Tartu_kinnistusamet, lk 31
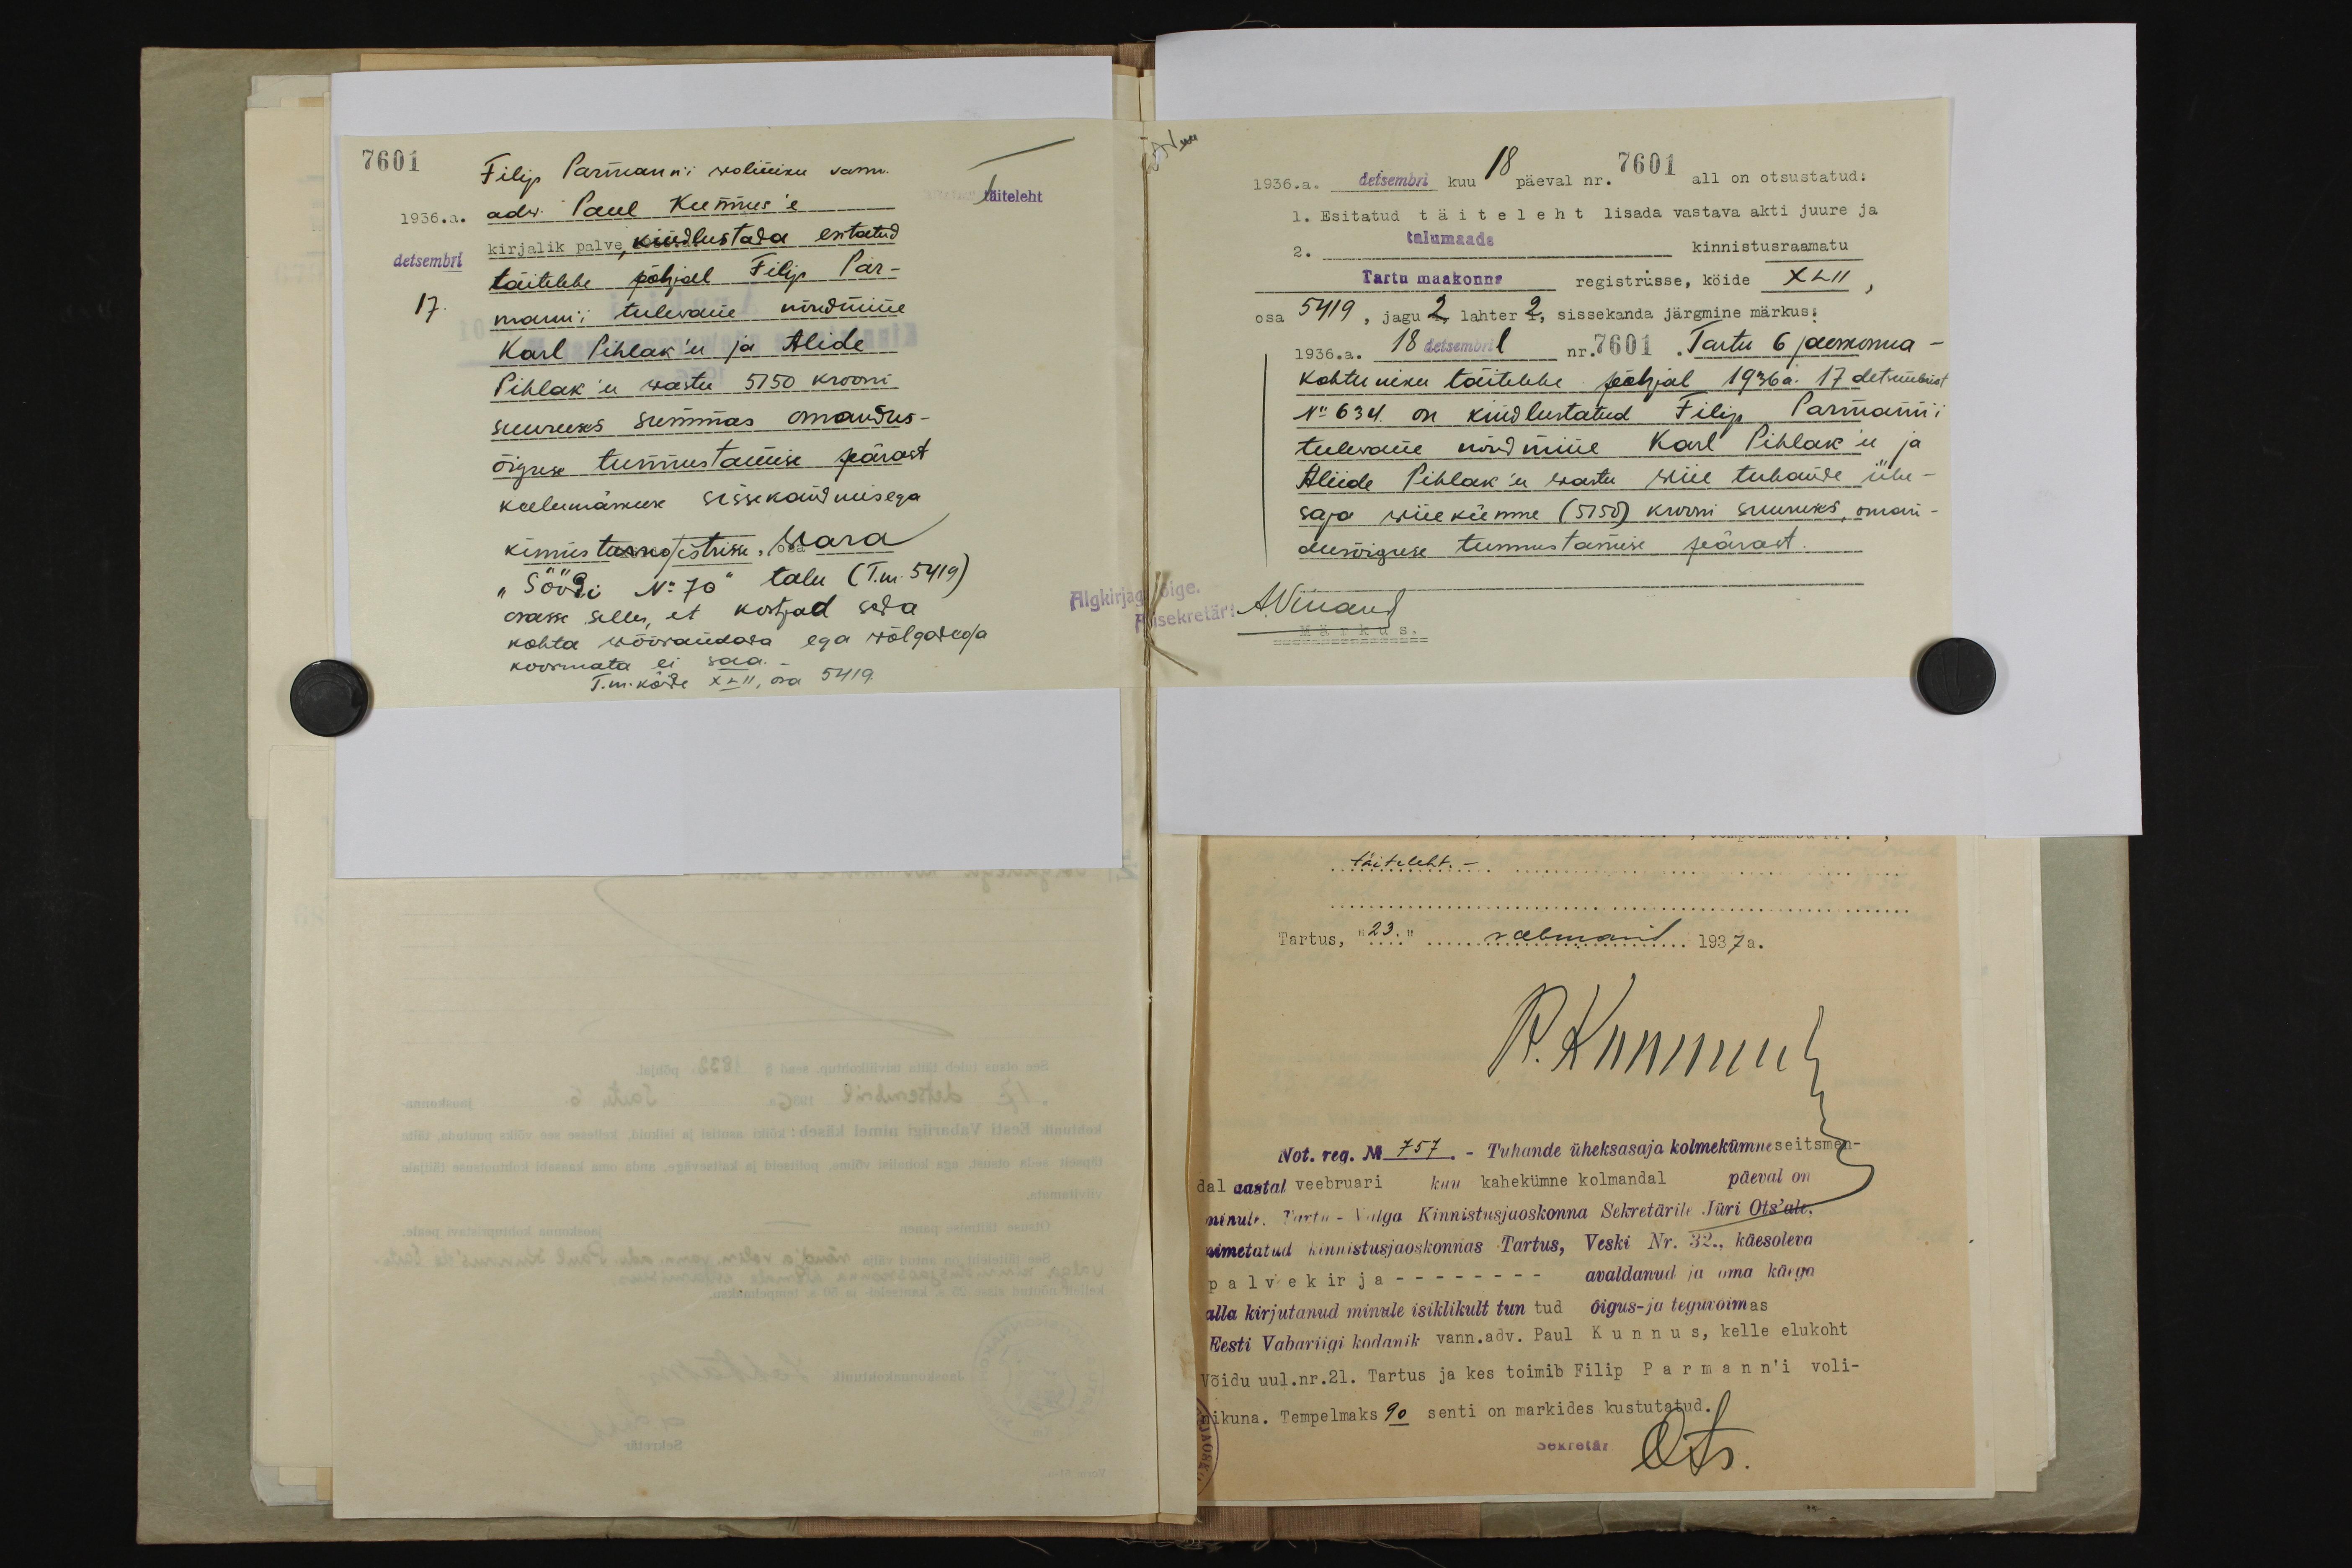
7601
Filip Parmanni wolimiku vann.
täiteleht
1936.a.
adw Paul Kunnus'e
kirjalik palve, kindlustada esitatud
detsembri
täitelehe põhjal Filip Par-
17.
manni tulevane nõudmine
Karl Pihlak'u ja Alide
Pihlak'u wastu 5750 krooni.
suurruses summas omandus-
õiguse tunnustamise pärast
keelumärkuse sissekandmisega.
kinnistusregistrisse. Wara
"Söödi No 70" talu (T.m. 5419)
osasse selles, et kostjad seda
Algkirjaga õige
kohta wõõrandada ega wõlgadega
koormata ei saa.
T. m. köide XLII, osa 5419

1936.a. detsembri kuu 18 päeval nr. 7601 all on otsustatud:
1. Esitatud täiteleht lisada vastava akti juure ja
2. talumaade kinnistusraamatu
Tartu maakonna registrisse, köide XLII
osa 5419, jagu 2, lahter 2, sissekanda järgmine märkus:
1936.a. 18 detsembril nr.7601 Tartu 6 jaoskonna -
kohtuniku täitelehe põhjal 1936 a. 17 detsembrist
No 634. on kindlustatud Filip Parmanni
tulevane nõudmine Karl Pihlak'u ja
Aliide Pihlak'u wastu wiie tuhande ühe
saja wiiekümne (5150) krooni suuruses, oman-
dusõiguse tunnustamise pärast.
sekretäri N.Villaum
Märkus.

täiteleht.
Tartus, "23." veebruaril 1937a.
P. Kunnus
Not. reg. No 757 - Tuhunde üheksasaja kolmekümne seitsmen-
dal aastal veebruari kuu kahekümne kolmandal päeval on
minule. Tartu - Valga Kinnistusjaoskonna Sekretärile Jüri Ots'ale,
nimetatud kinnistusjaoskonnas Tartus, Veski Nr. 32., käesoleva
palvekirja - - avaldanud ja oma käega
alla kirjutanud minule isiklikult tun tud õigus- ja teguvõimas
Eesti Vabariigi kodanik vann.adv. Paul Kunnus, kelle elukoht
Võidu uul. nr. 21. Tartus ja kes toimib Filip Parmann'i voli-
nikuna. Tempelmaks 90 senti on markides kustutatud.
sekretär
Ots.